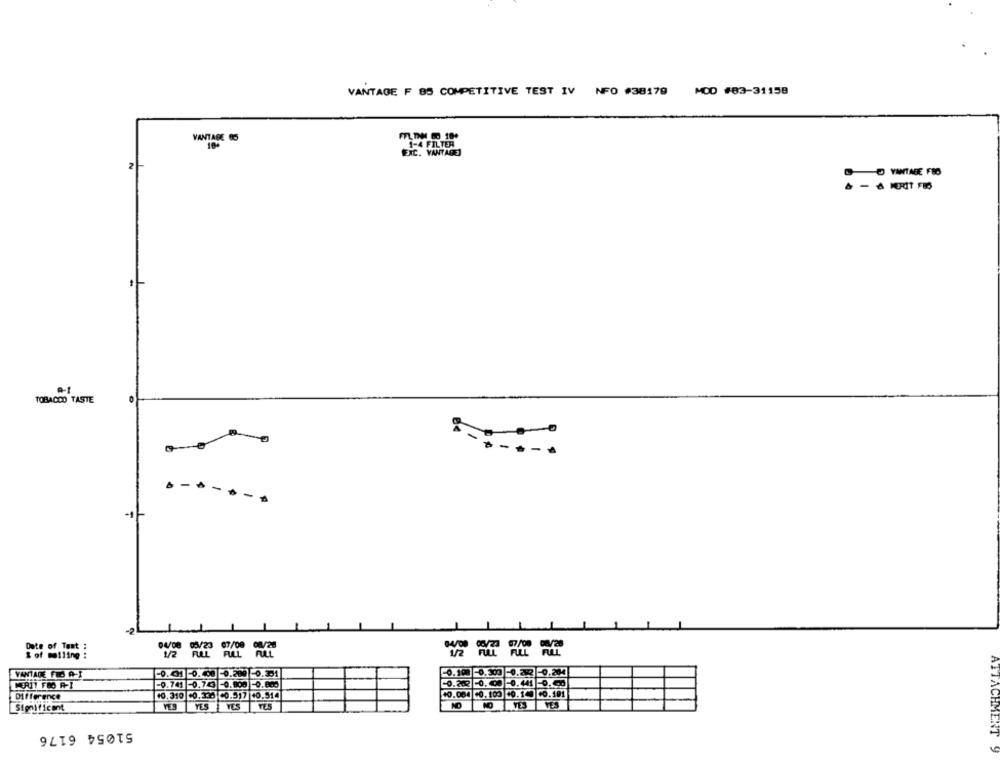
VANTAGE F 85 COMPETITIVE TEST IV NFO #38179
MOD #83-31158
VANTARE 05
EXC. VANTAGE]
2
DO VINTAGE FRO
TOBACCO TASTE
.-----
Date of Test :
& of moiling :
-0.031
-0.108
VANTAGE FEJ A-I
0.741
0.743
0.203
Difference
10.310 +0.135 C0.517 +0.514
10.084 +0.100 10.1
Significant
YES
51054 6176
ATTACHMENT 9